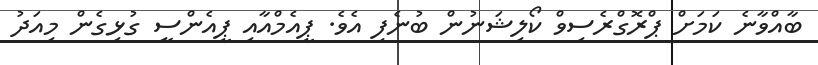
ބާއްވާނެ ކަމަށް ޕްރޮގްރެސިވް ކޯލިޝަނުން ބުނެފި އެވެ. ޕީއެމްއާއި ޕީއެންސީ ގުޅިގެން މިއަދު